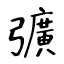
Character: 彍